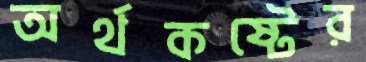
অর্থকষ্টের